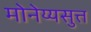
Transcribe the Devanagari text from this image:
मोनेय्यसुत्त